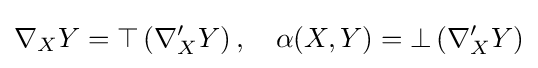
\nabla _{X}Y=\top \left(\nabla '_{X}Y\right),\quad \alpha (X,Y)=\bot \left(\nabla '_{X}Y\right)